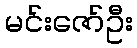
မင်းဇော်ဦး